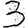
Digit: 3